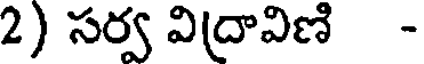
2) సర్వ విద్రావిణి -